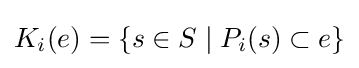
K_{i}(e)=\{s\in S\mid P_{i}(s)\subset e\}